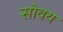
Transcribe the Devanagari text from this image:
सोवय